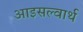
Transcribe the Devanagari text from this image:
आइसल्वार्थ